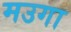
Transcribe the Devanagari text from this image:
मउगा